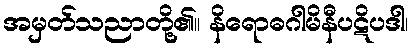
အမှတ်သညာတို့၏။ နိရောဓဂါမိနီပဋိပဒါ၊